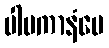
ပါပကာနံပေ